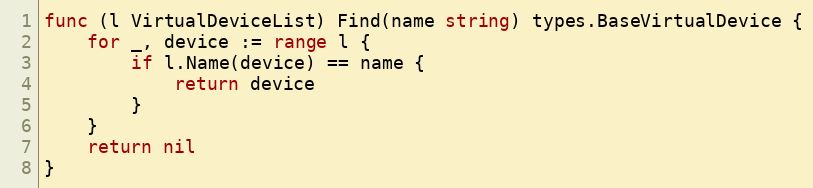
Language: Go
func (l VirtualDeviceList) Find(name string) types.BaseVirtualDevice {
	for _, device := range l {
		if l.Name(device) == name {
			return device
		}
	}
	return nil
}